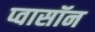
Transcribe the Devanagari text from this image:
प्वासॉन